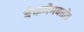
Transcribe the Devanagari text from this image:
बेकमेमबतोव